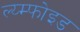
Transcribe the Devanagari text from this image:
ल्य्म्फोइड